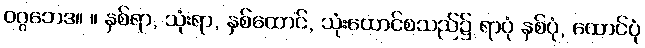
ဝဂ္ဂဘေဒ။ ။ နှစ်ရာ, သုံးရာ, နှစ်ထောင်, သုံးထောင်စသည်၌ ရာပုံ နှစ်ပုံ, ထောင်ပုံ